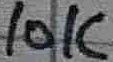
Text: 10K